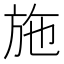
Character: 施